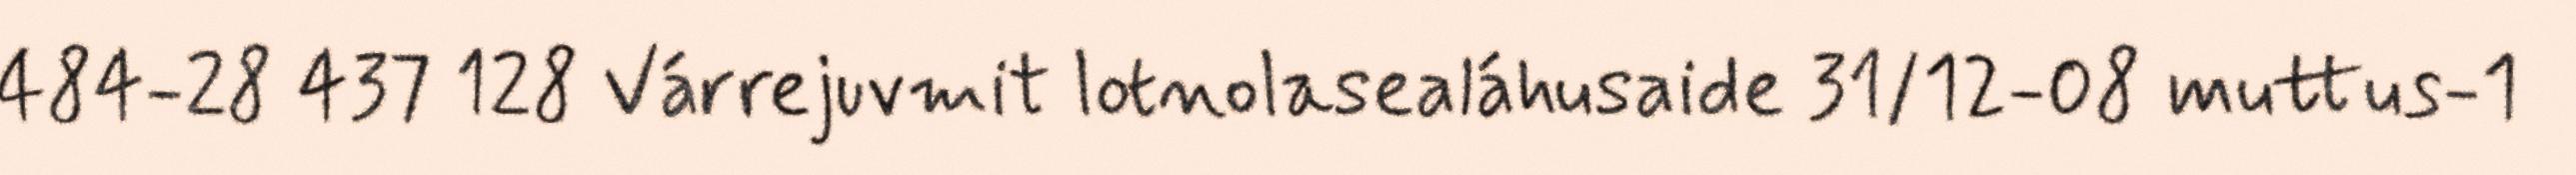
484-28 437 128 Várrejuvmit lotnolasealáhusaide 31/12-08 muttus-1